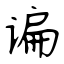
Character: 谝